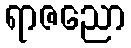
ရာဇညော